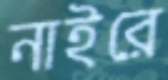
নাইরে